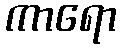
ကာရော